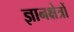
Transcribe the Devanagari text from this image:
ज्ञानक्षेत्रों